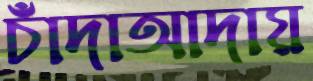
চাঁদাআদায়